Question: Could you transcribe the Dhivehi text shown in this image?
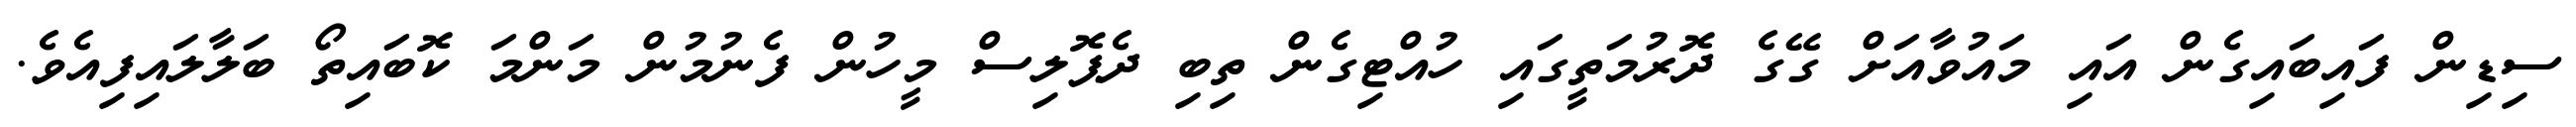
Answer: ސިޑިން ފައިބައިގެން އައި މައުވާއަށް ގޭގެ ދޮރުމަތީގައި ހުއްޓިގެން ތިބި ދެޕޮލިސް މީހުން ފެނުމުން މަންމަ ކޮބައިތޯ ބަލާލައިފިއެވެ.